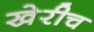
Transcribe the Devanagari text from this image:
खेरीच